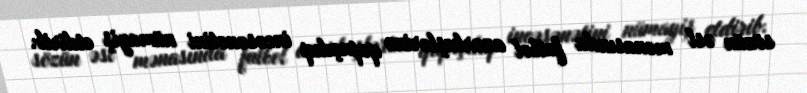
sözün əsl mənasında futbol azarkeşlərinə qapıçılıq incəsənətini nümayiş etdirib.